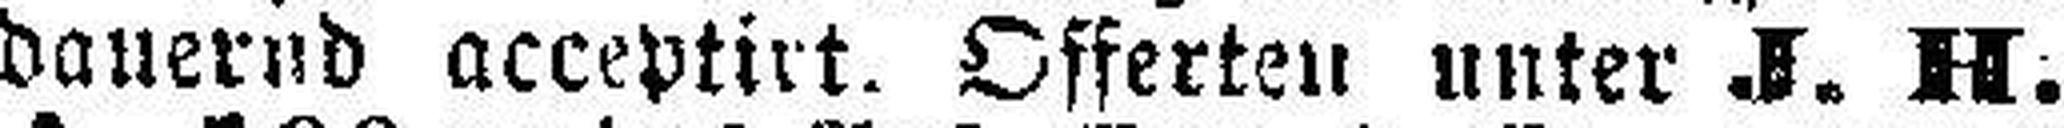
dauernd acceptirt. Offerten unter J. H.